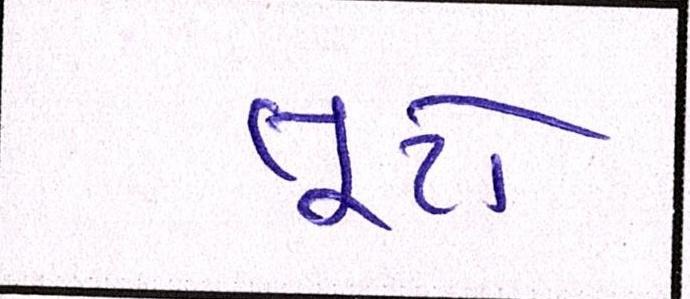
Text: તૂટો